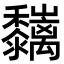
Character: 𪐑